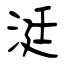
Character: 涏